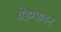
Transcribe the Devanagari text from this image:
वेशम्पायन